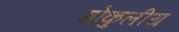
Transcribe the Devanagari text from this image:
गोकुलीय